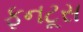
ફનટૂસ